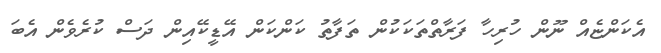
އެކަންޏެއް ނޫން ހުރިހާ ފަރާތްތަކަކުން ތަފާތު ކަންކަން އޭޑީކޭއިން ދަސް ކުރެވެން އެބަ